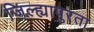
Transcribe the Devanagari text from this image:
जिल्ह्यापुरता